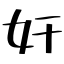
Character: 奸